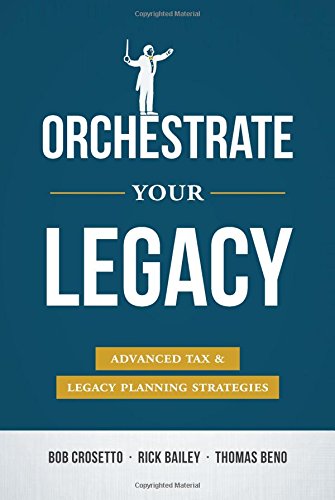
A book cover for Orchestrate Your Legacy: Advanced Tax & Legacy Planning Strategies; Bob Crosetto; Business & Money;